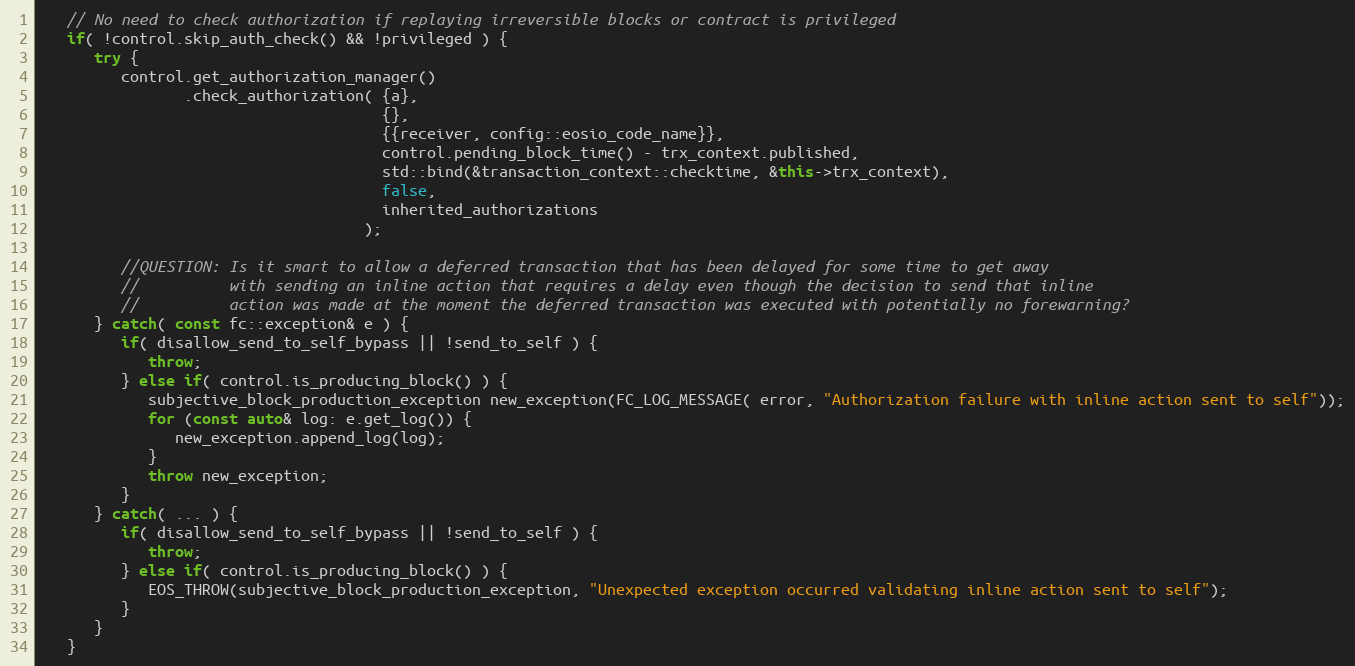
Language: C++
   // No need to check authorization if replaying irreversible blocks or contract is privileged
   if( !control.skip_auth_check() && !privileged ) {
      try {
         control.get_authorization_manager()
                .check_authorization( {a},
                                      {},
                                      {{receiver, config::eosio_code_name}},
                                      control.pending_block_time() - trx_context.published,
                                      std::bind(&transaction_context::checktime, &this->trx_context),
                                      false,
                                      inherited_authorizations
                                    );

         //QUESTION: Is it smart to allow a deferred transaction that has been delayed for some time to get away
         //          with sending an inline action that requires a delay even though the decision to send that inline
         //          action was made at the moment the deferred transaction was executed with potentially no forewarning?
      } catch( const fc::exception& e ) {
         if( disallow_send_to_self_bypass || !send_to_self ) {
            throw;
         } else if( control.is_producing_block() ) {
            subjective_block_production_exception new_exception(FC_LOG_MESSAGE( error, "Authorization failure with inline action sent to self"));
            for (const auto& log: e.get_log()) {
               new_exception.append_log(log);
            }
            throw new_exception;
         }
      } catch( ... ) {
         if( disallow_send_to_self_bypass || !send_to_self ) {
            throw;
         } else if( control.is_producing_block() ) {
            EOS_THROW(subjective_block_production_exception, "Unexpected exception occurred validating inline action sent to self");
         }
      }
   }